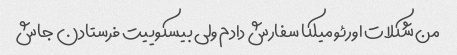
من شکلات اورئو میلکا سفارش دادم ولی بیسکوییت فرستادن جاش